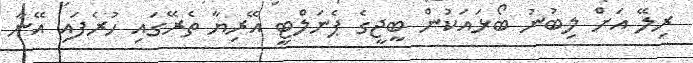
ރިލޭ އަށް ލިބުނު ބޯޅައަކުން ބީޖީގެ ޕެނަލްޓީ އޭރިޔާ ތެރޭގައި ހުރެފައި އޭނާ